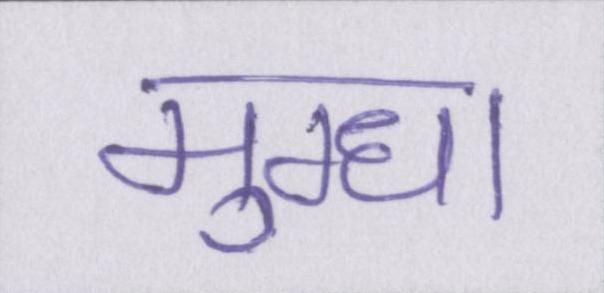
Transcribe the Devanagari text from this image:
मुग्धा